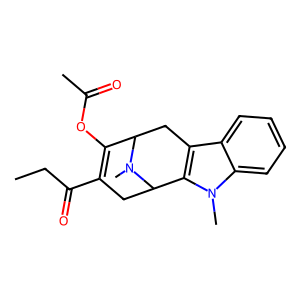
SMILES: CCC(=O)C1=C(OC(C)=O)C2Cc3c(n(C)c4ccccc34)C(C1)N2C
Inhibits HIV replication: No